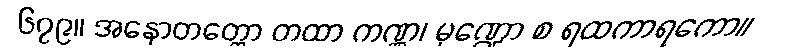
၆၇၉။ အနောတတ္တော တထာ ကဏ္ဏ၊ မုဏ္ဍော စ ရထကာရကော။